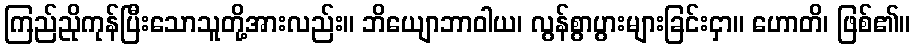
ကြည်ညိုကုန်ပြီးသောသူတို့အားလည်း။ ဘိယျောဘာဝါယ၊ လွန်စွာပွားများခြင်းငှာ။ ဟောတိ၊ ဖြစ်၏။